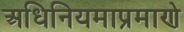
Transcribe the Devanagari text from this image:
अधिनियमाप्रमाणे